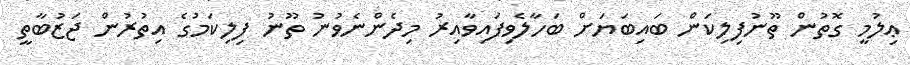
ޢިލުމީ ގޮތުން ތޫނުފިލިކަން ބައިބަޔަށް ބަހާލެވިފައިވާއިރު މިދެންނެވުނު ތޫނު ފިލިކަމުގެ އިތުރުން ޖަޒުބާތީ